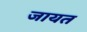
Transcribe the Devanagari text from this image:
जायत